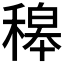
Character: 𥡅